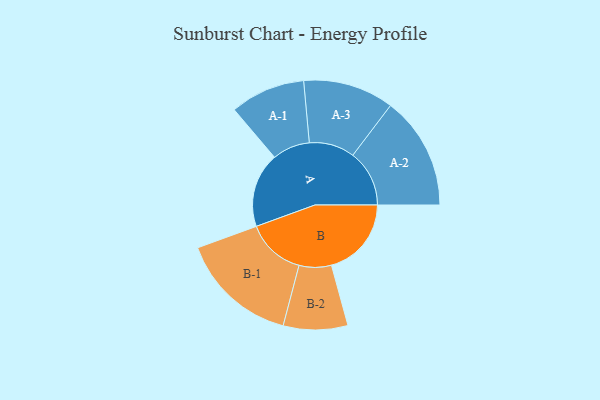
{"axis": {"x": "Segment", "y": "Value"}, "legend": ["", "A", "B"], "data": [{"x": "A", "y": 322, "type": ""}, {"x": "B", "y": 345, "type": ""}, {"x": "A-1", "y": 162, "type": "A"}, {"x": "A-2", "y": 244, "type": "A"}, {"x": "A-3", "y": 196, "type": "A"}, {"x": "B-1", "y": 255, "type": "B"}, {"x": "B-2", "y": 139, "type": "B"}]}